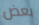
بعض